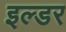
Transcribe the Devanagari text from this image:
इल्डर